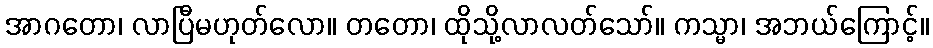
အာဂတော၊ လာပြီမဟုတ်လော။ တတော၊ ထိုသို့လာလတ်သော်။ ကသ္မာ၊ အဘယ်ကြောင့်။